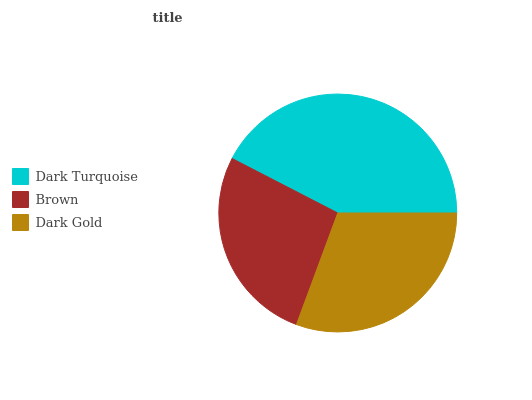
| Dark Turquoise | Brown | Dark Gold |
 | --- | --- | --- |
 | 42.4% | 26.9% | 30.7% |